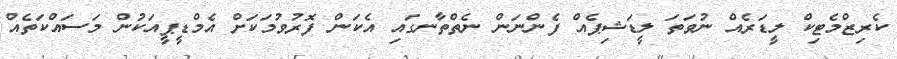
ކެރިޒްމެޓިކް ލީޑަރެއް ނުވަތަ ލީޑަޝިޕެއް ފެންނަން ނެތްތާނގައި އެކަން ފޮރުވުމަކަށް އެމްޑީޕީއަކުން މަސައްކަތެއް